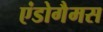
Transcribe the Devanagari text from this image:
एंडोगैमस